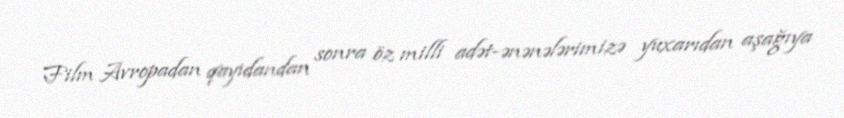
Film Avropadan qayıdandan sonra öz milli adət-ənənələrimizə yuxarıdan aşağıya